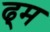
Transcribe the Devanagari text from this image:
ढ्म